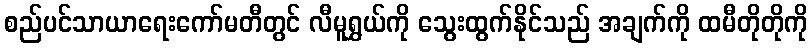
စည်ပင်သာယာရေးကော်မတီတွင် လီမူရွှယ်ကို သွေးထွက်နိုင်သည် အချက်ကို ထမီတိုတိုကို